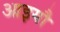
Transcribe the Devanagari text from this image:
आइयौ